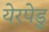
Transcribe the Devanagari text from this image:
येरपेडु